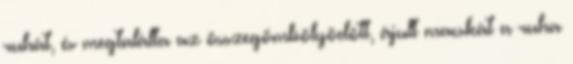
ruhát, és megtalálta az összegömbölyödött, ájult macskát a ruha